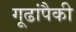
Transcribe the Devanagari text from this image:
गूढांपैकी